Indian journal of veterinary science and animal husbandry - Volumes 24-25, 1954-1955
Year: 1954
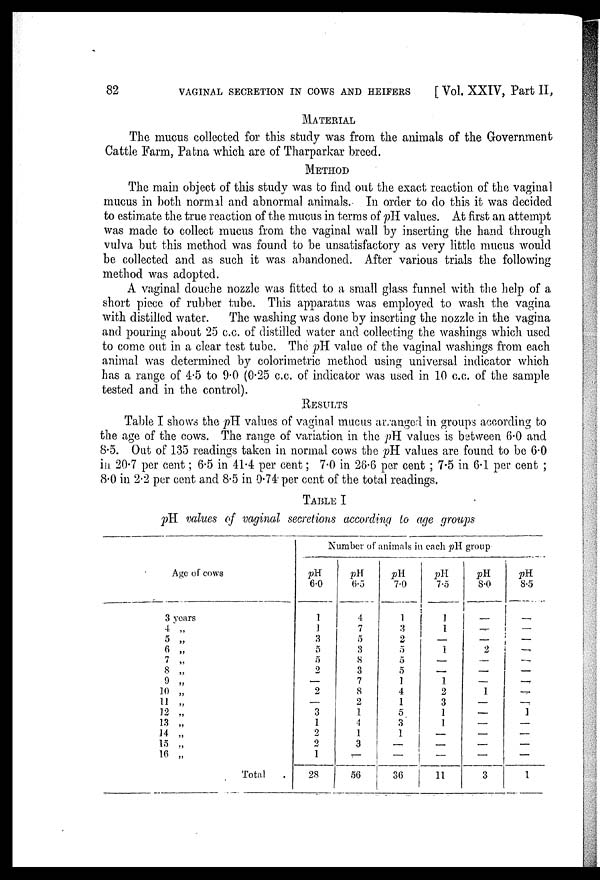
82
VAGINAL SECRETION IN COWS AND HEIFERS
[ Vol. XXIV, Part II,
MATERIAL
The mucus collected for this study was from the animals of the Government
Cattle Farm, Patna which are of Tharparkar breed.
METHOD
The main object of this study was to find out the exact reaction of the vaginal
mucus in both normal and abnormal animals. In order to do this it was decided
to estimate the true reaction of the mucus in terms of pH values. At first an attempt
was made to collect mucus from the vaginal wall by inserting the hand through
vulva but this method was found to be unsatisfactory as very little mucus would
be collected and as such it was abandoned. After various trials the following
method was adopted.
A vaginal douche nozzle was fitted to a small glass funnel with the help of a
short piece of rubber tube. This apparatus was employed to wash the vagina
with distilled water.
The washing was done by inserting the nozzle in the vagina
and pouring about 25 c.c. of distilled water and collecting the washings which used
to come out in a clear test tube. The pH value of the vaginal washings from each
animal was determined by colorimetric method using universal indicator which
has a range of 4.5 to 9.0 (0.25 c.c. of indicator was used in 10 c.c. of the sample
tested and in the control).
RESULTS
Table I shows the pH values of vaginal macus arranged in groups according to
the age of the cows. The range of variation in the pH values is between 6.0 and
8.5. Out of 135 readings taken in normal cows the pH values are found to be 6.0
in 20.7 per cent; 6.5 in 41.4 per cent; 7.0 in 28.6 per cent ; 7.5 in 6.1 per cent ;
8.0 in 2.2 per cent and 8.5 in 0.74 per cent of the total readings.
TABLE I
pH. values of vaginal secretions according to age groups
Age of cows
3 years
4 „
5 „
6 „
7 „
8 „
9 „
10 „
11 „
12 .,
13 „
14 „
15 „
10 „
Total
Number of animals in each pH group
pH
6.0
1
1
3
5
5
2
—
2
—
3
1
2
2
1
28
pH
6.5
4
7
5
8
8
3
7
8
2
1
4
1
3
—
56
pH
7.0
1
3
2
5
5
5
1
4
1
5
3
1
—
—
36
pH
7.5
1
1
—
1
—
—
1
2
3
1
1
—
—
—
11
pH
8.0
—
—
—
2
—
—
—
1
—
—
—
—
—
—
3
pH
8.5
—
—
—
—
—
—
—
—
—
1
—
—
—
—
1